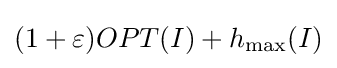
(1+\varepsilon )OPT(I)+h_{\max }(I)